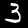
Digit: 3